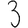
Digit: 3